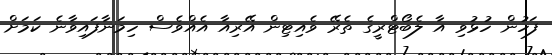
ފަހުން ހުޅުވި އާ ލެބޯޓްރީގެ ތެރޭ ވެއިޓިން އޭރިއާ އެއްވެސް ހިމަނާފައިވާނެ ކަމަށް